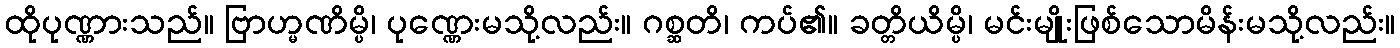
ထိုပုဏ္ဏားသည်။ ဗြာဟ္မဏိမ္ပိ၊ ပုဏ္ဏေးမသို့လည်း။ ဂစ္ဆတိ၊ ကပ်၏။ ခတ္တိယိမ္ပိ၊ မင်းမျိုးဖြစ်သောမိန်းမသို့လည်း။